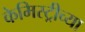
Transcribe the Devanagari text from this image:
केमिस्ट्रीच्या